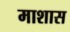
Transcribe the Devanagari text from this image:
माशास